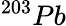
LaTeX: {}^{203}Pb